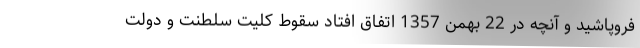
فروپاشید و آنچه در 22 بهمن 1357 اتفاق افتاد سقوط کلیت سلطنت و دولت